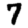
Digit: 7